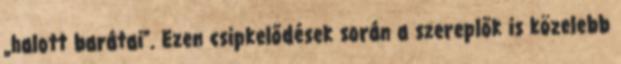
„halott barátai". Ezen csipkelődések során a szereplők is közelebb